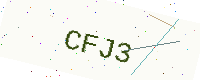
Text: CFJ3